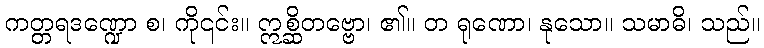
ကတ္တရဒဏ္ဍော စ၊ ကို၎င်း။ ဣစ္ဆိတဗ္ဗော၊ ၏။ တ ရုဏော၊ နုသော။ သမာဓိ၊ သည်။